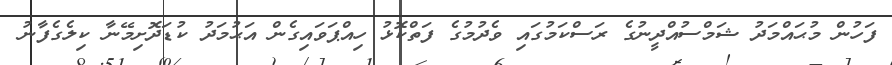
ފަހުން މުޙައްމަދު ޝަމްސުއްދީނުގެ ރަސްކަމުގައި ވެދުމުގެ ފަތްކޮޅު ހިއްޕަވައިގެން އަޙުމަދު ކުޑަދޮށިމޭނާ ކިލެގެފާނު